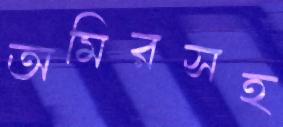
অমিরসহ